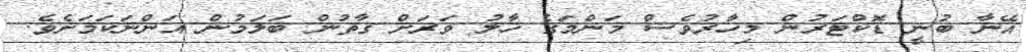
އޭނާ ބުނީ ޑޮކްޓަރުން މިހާރުވެސް މަންމަގެ ހާލު ވަރަށް ގާތުން ބަލަމުން އަންނަކަމަށެވެ.